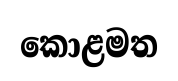
කොළමත